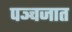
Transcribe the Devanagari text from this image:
पञ्चजात